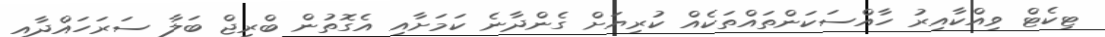
ޓިކެޓް ވިއްކާއިރު ހާއްސަކަންތައްތަކެއް ކުރިޔަށް ގެންދާނެ ކަމަށާއި އެގޮތުން ބްރިޖް ބަލާ ސަރަހައްދާއި